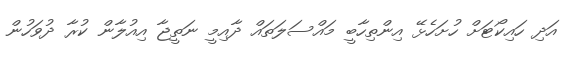
އަދި ހައިކޯޓަށް ހުށަހެޅޭ އިންތިހާބީ މައްސަލަތައް ދާއިމީ ނަތީޖާ އިއުލާން ކުރާ ދުވަހުން